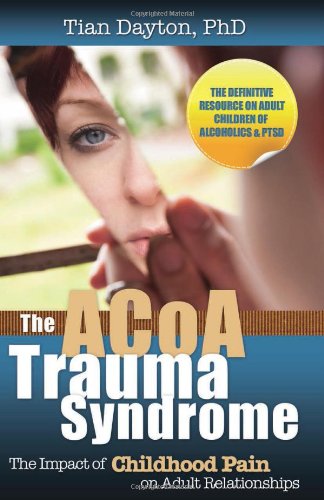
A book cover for The ACOA Trauma Syndrome: The Impact of Childhood Pain on Adult Relationships; Tian Dayton  PhD; Self-Help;